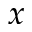
_ { x }